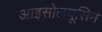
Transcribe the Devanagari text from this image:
आइसोलयूसिन